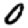
Digit: 0